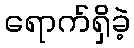
ရောက်ရှိခဲ့